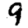
Digit: 9